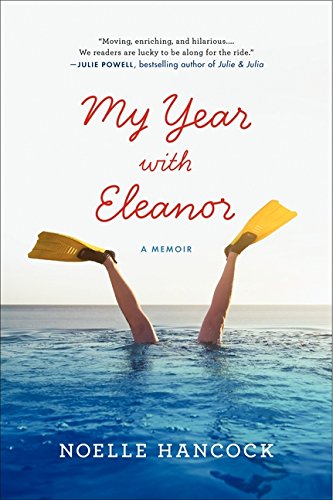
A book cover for My Year with Eleanor: A Memoir; Noelle Hancock; Biographies & Memoirs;